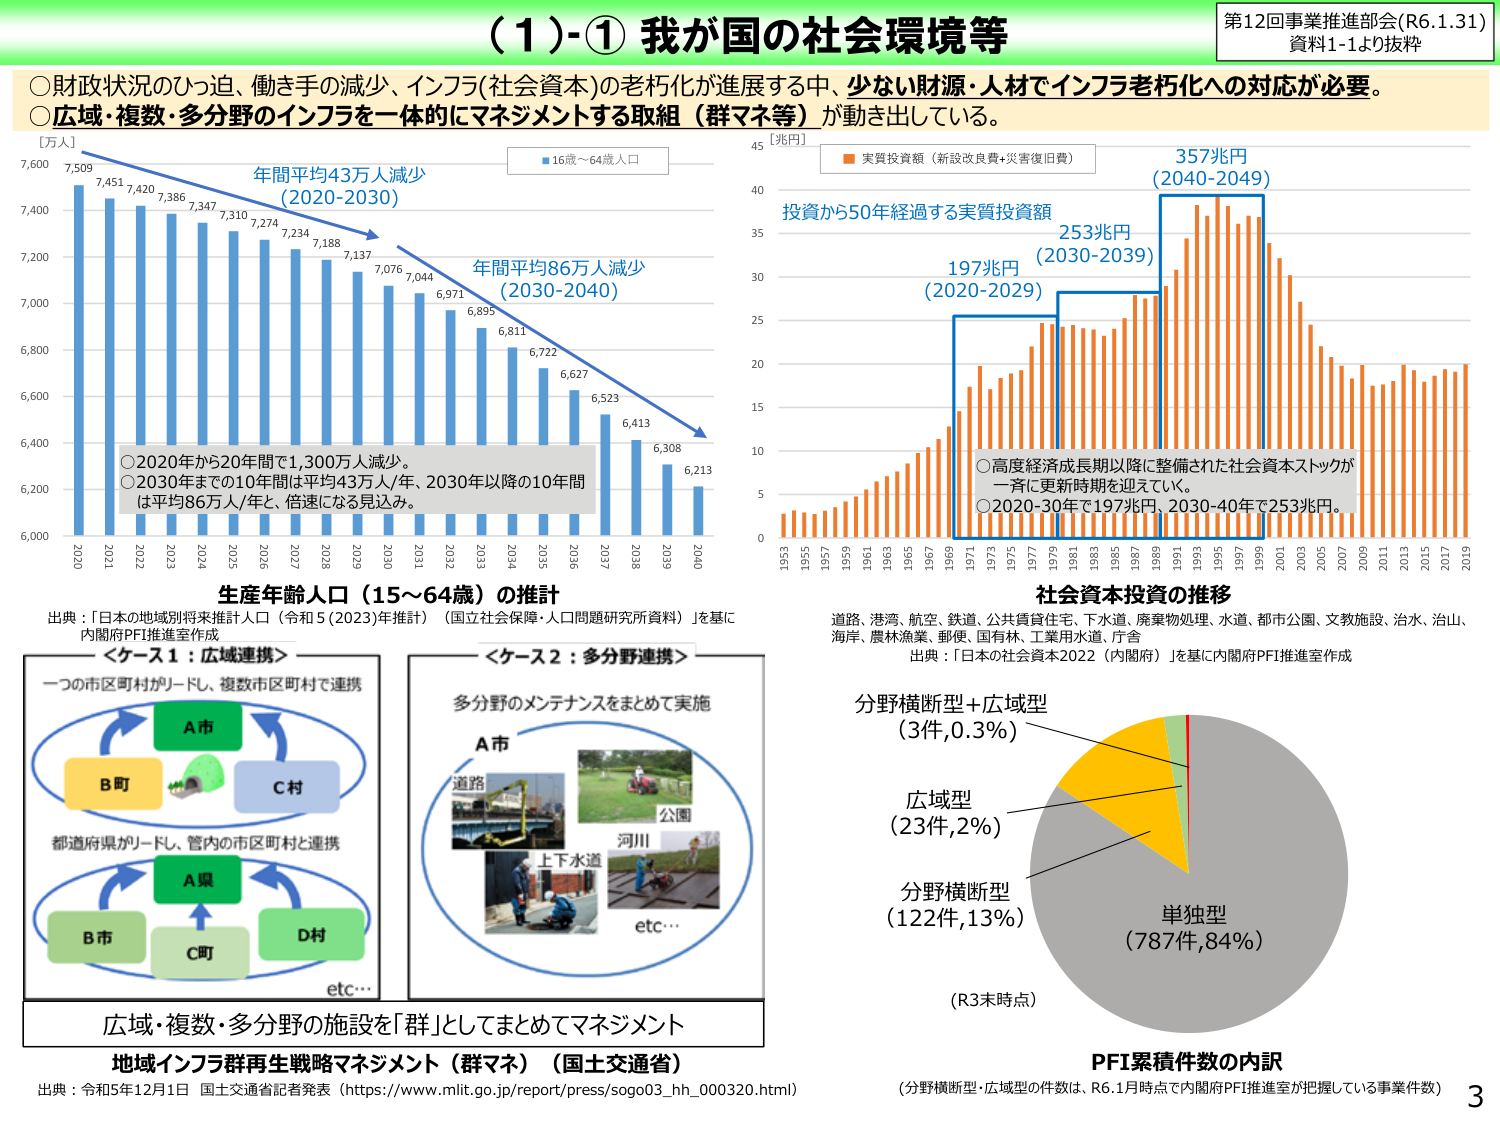
（1）-① 我が国の社会環境等

第12回事業推進部会（R6.1.31）
資料1-1より抜粋

○財政状況のひっ迫、働き手の減少、インフラ（社会資本）の老朽化が進展する中、少ない財源・人材でインフラ老朽化への対応が必要。
○広域・複数・多分野のインフラを一体的にマネジメントする取組（群マネ等）が動き出している。

【万人】
■16歳～64歳人口
7,509
7,451
7,420
7,386
7,347
7,310
7,274
7,234
7,188
7,137
7,076
7,044
6,971
6,895
6,811
6,722
6,627
6,523
6,413
6,308
6,213
年間平均43万人減少（2020-2030）
年間平均86万人減少（2030-2040）
2020 2021 2022 2023 2024 2025 2026 2027 2028 2029 2030 2031 2032 2033 2034 2035 2036 2037 2038 2039 2040

○2020年から20年間で1,300万人減少。
○2030年までの10年間は平均43万人/年、2030年以降の10年間は平均86万人/年と、倍速になる見込み。

生産年齢人口（15～64歳）の推計
出典：「日本の地域別将来推計人口（令和5（2023）年推計）（国立社会保障・人口問題研究所資料）」を基に内閣府PFI推進室作成

【兆円】
■実質投資額（新設改良費＋災害復旧費）
197円（2020-2029）
253兆円（2030-2039）
357兆円（2040-2049）
投資から50年経過する実質投資額
1951 1955 1957 1959 1961 1963 1965 1967 1969 1971 1973 1975 1977 1979 1981 1983 1985 1987 1989 1991 1993 1995 1997 1999 2001 2003 2005 2007 2009 2011 2013 2015 2017 2019

○高度経済成長期以降に整備された社会資本ストックが一斉に更新時期を迎えている。
○2020-30年で197兆円、2030-40年で253兆円。

社会資本投資の推移
道路、港湾、航空、鉄道、公共賃貸住宅、下水道、廃棄物処理、水道、都市公園、文教施設、治水、治山、海岸、農林漁業、郵便、国有林、工業用水道、庁舎
出典：「日本の社会資本2022（内閣府）」を基に内閣府PFI推進室作成

＜ケース1：広域連携＞
一つの市区町村がリードし、複数市区町村と連携
A市
B町
C村
都道府県がリードし、管内の市区町村と連携
A県
B市
C町
D村
etc…

＜ケース2：多分野連携＞
多分野のメンテナンスをまとめて実施
A市
道路
公園
上下水道
河川
etc…

広域・複数・多分野の施設を「群」としてまとめてマネジメント
地域インフラ群再生戦略マネジメント（群マネ）（国土交通省）
出典：令和5年12月1日 国土交通省記者発表（https://www.mlit.go.jp/report/press/sogo03_hh_000320.html）

分野横断型＋広域型（3件,0.3%）
広域型（23件,2%）
分野横断型（122件,13%）
単独型（787件,84%）
（R3末時点）
PFI累積件数の内訳
（分野横断型・広域型の件数は、R6.1月時点で内閣府PFI推進室が把握している事業件数）

3